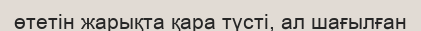
өтетін жарықта қара түсті, ал шағылған